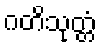
ဂတိသုတ္တံ